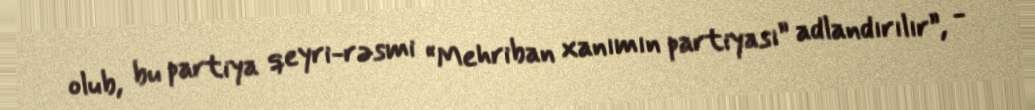
olub, bu partiya qeyri-rəsmi “Mehriban xanımın partiyası” adlandırılır”, -